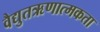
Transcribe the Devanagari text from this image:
वैद्युतऋणात्मकता